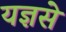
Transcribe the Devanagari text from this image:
यज्ञसे